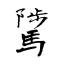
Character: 騭